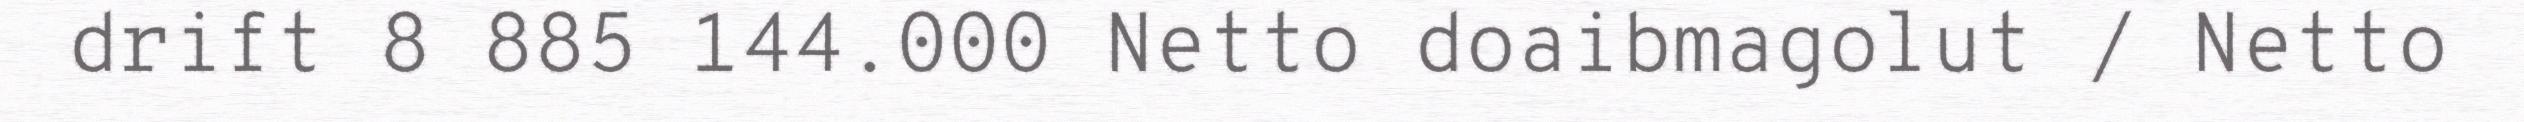
drift 8 885 144.000 Netto doaibmagolut / Netto